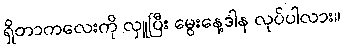
ရှိတာကလေးကို လှူပြီး မွေးနေ့ဒါန လုပ်ပါလား။